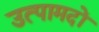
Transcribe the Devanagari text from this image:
उत्पामदों